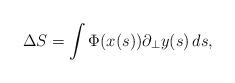
LaTeX: \begin{align*}\Delta S=\int \Phi (x(s))\partial _{\bot }y(s)\,ds,\end{align*}